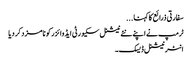
سفارتی ذرائع کا کہنا ...
ٹرمپ نے اپنے نئے نیشنل سکیورٹی ایڈوائزر کو نامزد کر دیا
انٹر نیشنل ڈیسک۔